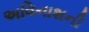
અવિનાશની